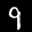
Label: 9